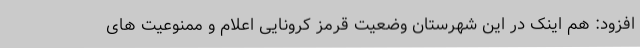
افزود: هم اینک در این شهرستان وضعیت قرمز کرونایی اعلام و ممنوعیت های